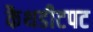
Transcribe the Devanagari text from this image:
कैथडीटपट